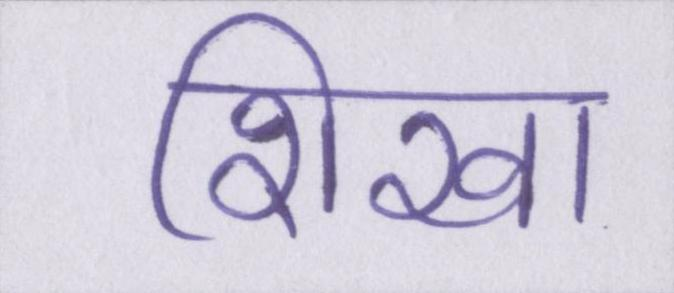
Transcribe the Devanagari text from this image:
शिखा